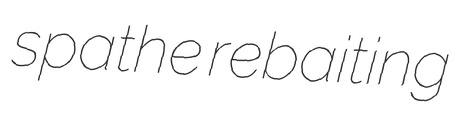
spathe rebaiting